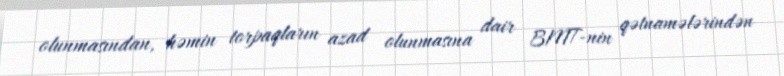
olunmasından, həmin torpaqların azad olunmasına dair BMT-nin qətnamələrindən